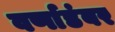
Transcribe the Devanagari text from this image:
वर्णाडंबर